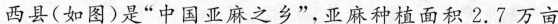
西县(如图)是”中国亚麻之乡”，亚麻种植面积2.7万亩